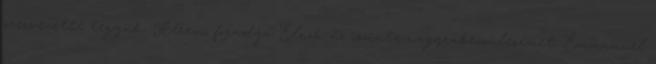
szervezetté tegyük. Kérem, fogadja Elnök úr őszinte nagyrabecsülésemet. Emmanuel